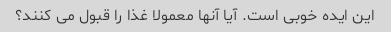
این ایده خوبی است. آیا آنها معمولا غذا را قبول می کنند؟